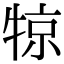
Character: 㹁